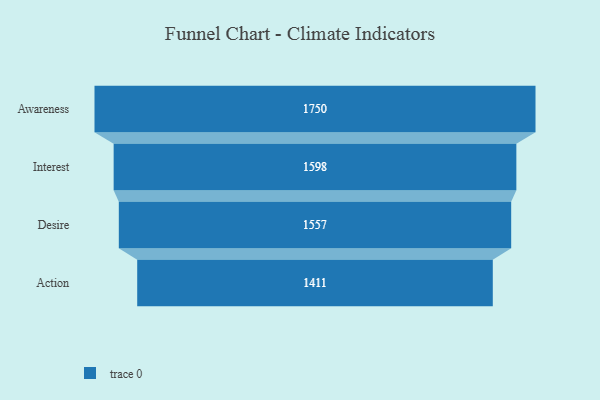
{"axis": {"x": "Stage", "y": "Value"}, "legend": [""], "data": [{"x": "Awareness", "y": 1750.0, "type": ""}, {"x": "Interest", "y": 1598.0, "type": ""}, {"x": "Desire", "y": 1557.0, "type": ""}, {"x": "Action", "y": 1411.0, "type": ""}]}